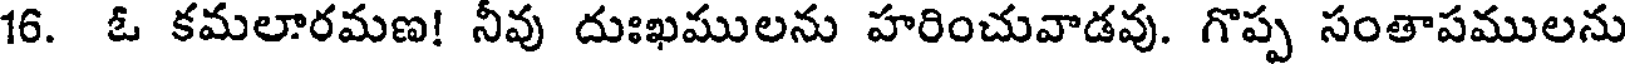
16. ఓ కమలారమణ! నీవు దుఃఖములను హరించువాడవు. గొప్ప సంతాపములను